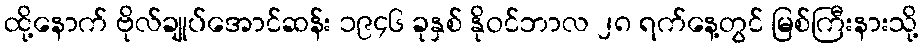
ထို့နောက် ဗိုလ်ချုပ်အောင်ဆန်း ၁၉၄၆ ခုနှစ် နိုဝင်ဘာလ ၂၈ ရက်နေ့တွင် မြစ်ကြီးနားသို့